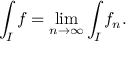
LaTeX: \int _ { I } f = \operatorname* { l i m } _ { n \to \infty } \int _ { I } f _ { n } .